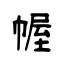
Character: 幄